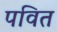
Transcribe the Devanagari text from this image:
पवित